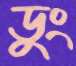
ডুং